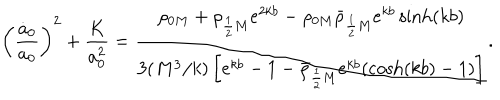
LaTeX: \left( \frac { \dot { a } _ { 0 } } { a _ { 0 } } \right) ^ { 2 } + \frac { K } { a _ { 0 } ^ { 2 } } = \frac { \rho _ { 0 M } + \rho _ { \frac 1 2 M } e ^ { 2 k b } - \rho _ { 0 M } \bar { \rho } _ { \frac 1 2 M } e ^ { k b } \sinh ( k b ) } { 3 ( M ^ { 3 } / k ) \left[ e ^ { k b } - 1 - \bar { \rho } _ { \frac 1 2 M } e ^ { k b } ( \cosh ( k b ) - 1 ) \right] } .